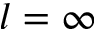
l = \infty